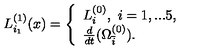
L _ { i _ { 1 } } ^ { ( 1 ) } ( x ) = \left\{ \begin{array} { l l } { L _ { i } ^ { ( 0 ) } , \ i = 1 , . . . 5 , } \\ { \frac { d } { d t } ( \Omega _ { \bar { i } } ^ { ( 0 ) } ) . } \\ \end{array} \right.